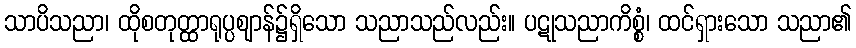
သာပိသညာ၊ ထိုစတုတ္ထာရုပ္ပဈာန်၌ရှိသော သညာသည်လည်း။ ပဋုသညာကိစ္စံ၊ ထင်ရှားသော သညာ၏